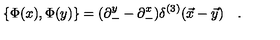
\{ \Phi ( x ) , \Phi ( y ) \} = ( \partial _ { - } ^ { y } - \partial _ { - } ^ { x } ) \delta ^ { ( 3 ) } ( \vec { x } - \vec { y } ) \quad .